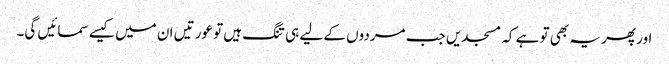
اور پھر یہ بھی تو ہے کہ مسجدیں جب مردوں کے لیے ہی تنگ ہیں تو عورتیں ان میں کیسے سمائیں گی۔